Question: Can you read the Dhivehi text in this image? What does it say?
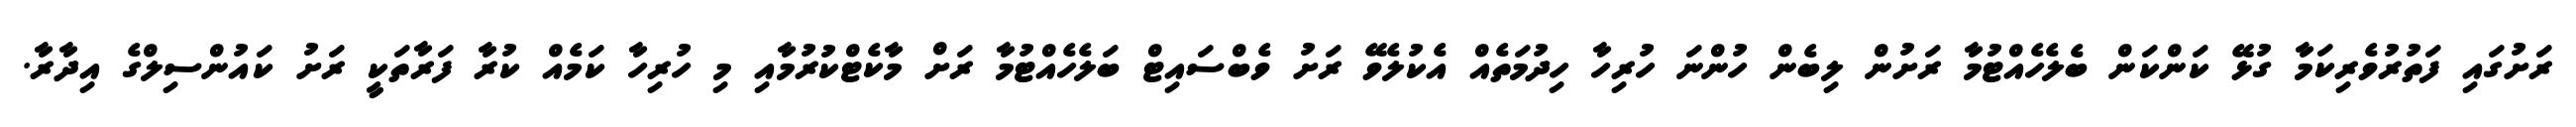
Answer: ރަށުގައި ފަތުރުވެރިކަމާ ގުޅޭ ކަންކަން ބެލެހެއްޓުމާ ރަށުން ލިބެން ހުންނަ ހުރިހާ ހިދުމަތެއް އެކުލެވޭ ރަށު ވެބްސައިޓް ބަލެހެއްޓުމާ ރަށް މާކެޓްކުރުމާއި މި ހުރިހާ ކަމެއް ކުރާ ފަރާތަކީ ރަށު ކައުންސިލްގެ އިދާރާ.